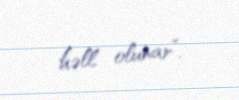
həll olunar”.